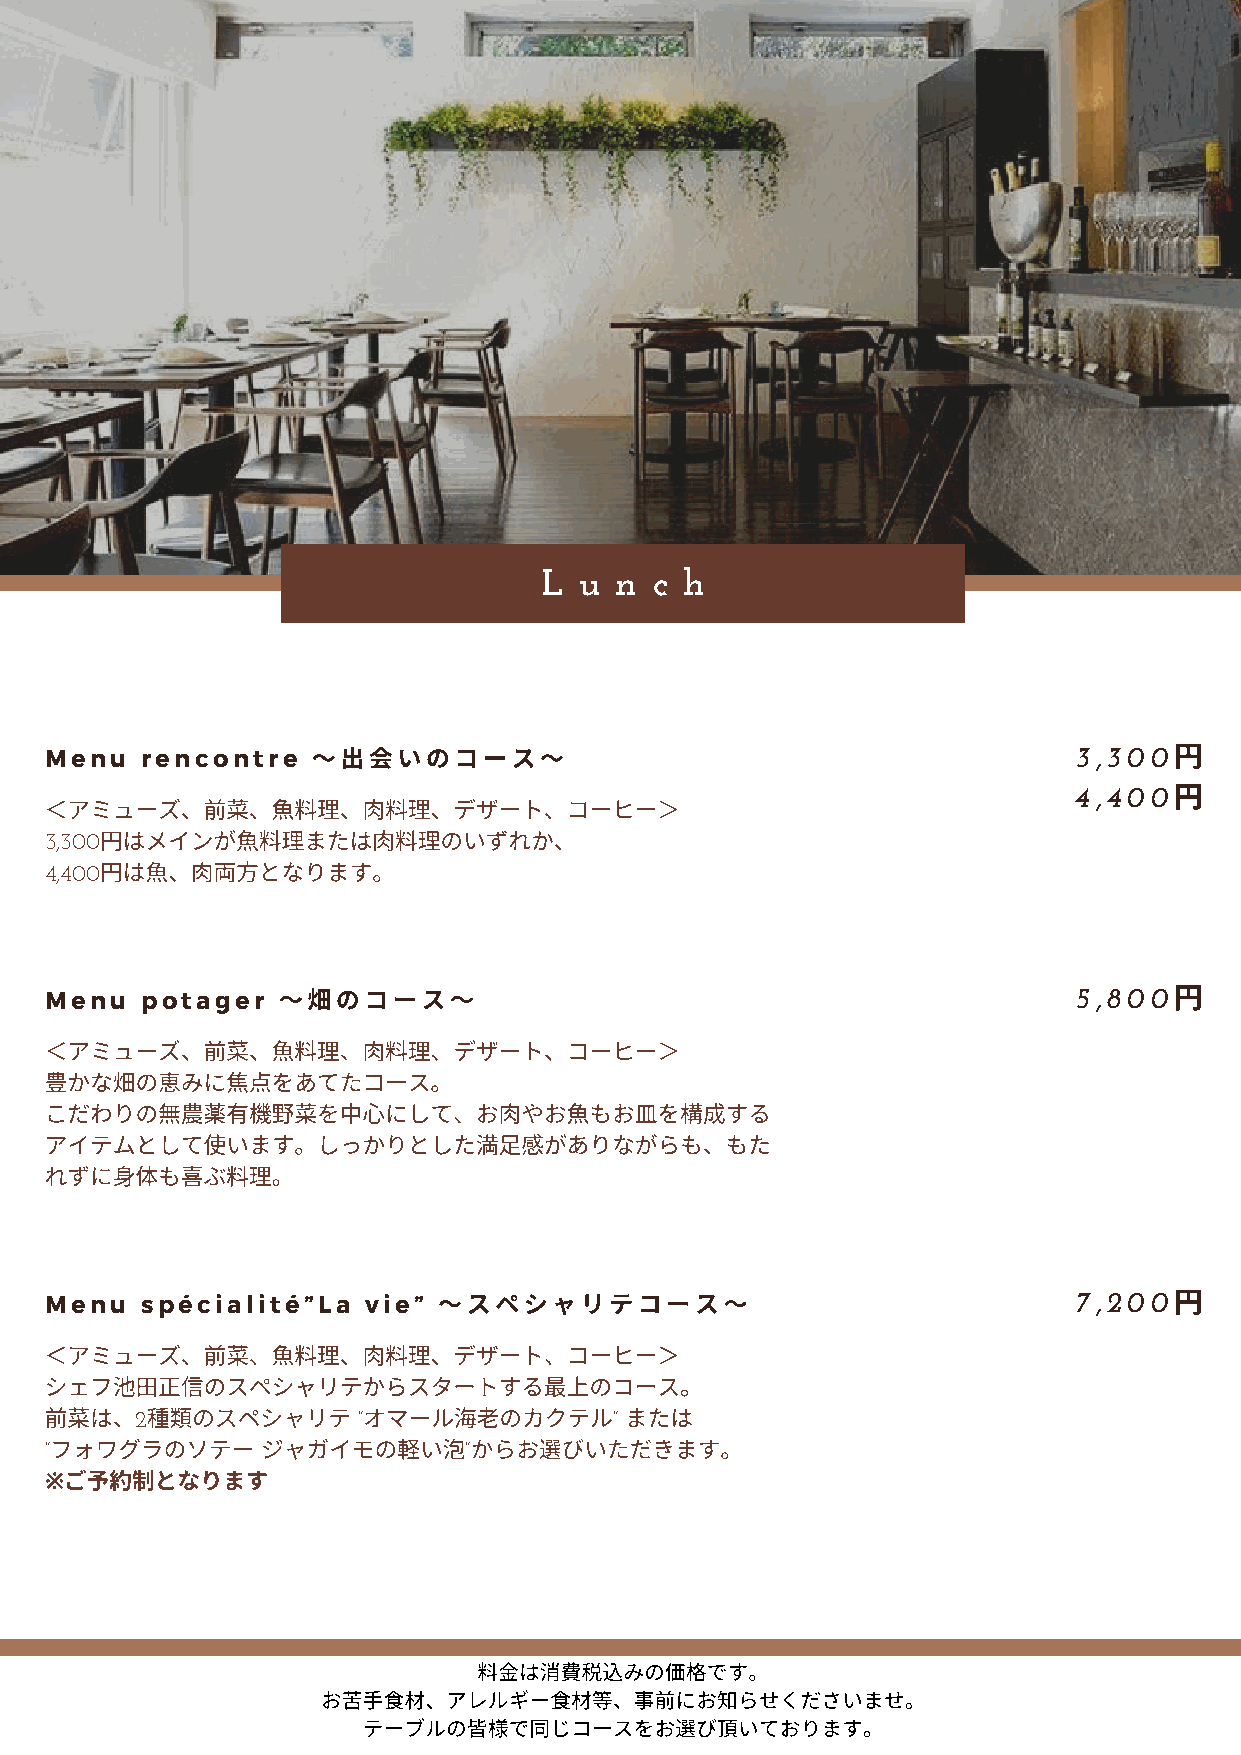
L u  n c h
 Menu  rencontre   〜いのコース〜                                         3,300円
 円
 4,400
 ＜アミューズ、前菜、⿂料理、⾁料理、デザート、コーヒー＞
 3,300円はメインが⿂料理または⾁料理のいずれか、
 4,400円は⿂、⾁となります。
 Menu  potager  〜畑のコース〜                                              5,800円
 ＜アミューズ、前菜、⿂料理、⾁料理、デザート、コーヒー＞
 かな畑の恵みに点をあてたコース。
 こだわりの薬有野菜を      中にして、お⾁やお⿂もお⽫を構成する
 アイテムとして使います。しっかりとした⾜がありながらも、もた
 れずに体も喜ぶ料理。
 Menu  spécialité”La  vie” 〜スペシャリテコース〜                               7,200円
 ＜アミューズ、前菜、⿂料理、⾁料理、デザート、コーヒー＞
 シェフ池⽥正のスペシャリテからスタートする上のコース。
 前菜は、2種のスペシャリテ       ”オマール⽼のカクテル”    または
 ”フォワグラのソテー    ジャガイモの軽い”からおびいただきます。
 ご予制となります
 ※
 料金は消みの価です。
 お苦⼿材、アレルギー材等、事前にお知らせくださいませ。
 テーブルので同じコースをおび頂いております。